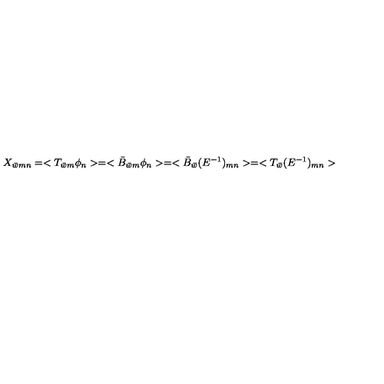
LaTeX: X _ { \bar { w } m n } = < T _ { \bar { w } m } \phi _ { n } > = < \bar { B } _ { \bar { w } m } \phi _ { n } > = < \bar { B } _ { \bar { w } } ( E ^ { - 1 } ) _ { m n } > = < T _ { \bar { w } } ( E ^ { - 1 } ) _ { m n } >